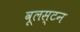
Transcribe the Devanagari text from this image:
वूलस्टन